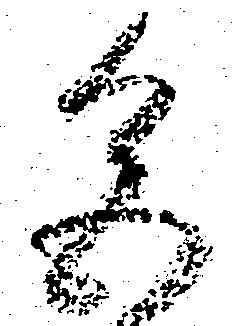
色